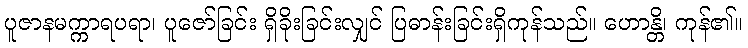
ပူဇာနမက္ကာရပရာ၊ ပူဇော်ခြင်း ရှိခိုးခြင်းလျှင် ပြဓာန်းခြင်းရှိကုန်သည်။ ဟောန္တိ၊ ကုန်၏။